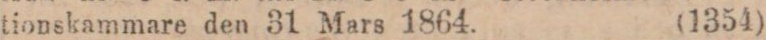
tionskammare den 31 Mars 1864. (1354)